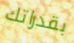
بقدراتك